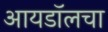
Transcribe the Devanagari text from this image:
आयडॉलचा